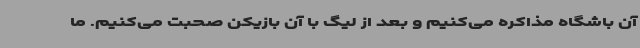
آن باشگاه مذاکره می‌کنیم و بعد از لیگ با آن بازیکن صحبت می‌کنیم. ما